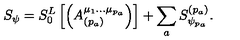
S _ { \psi } = S _ { 0 } ^ { L } \left[ \left( A _ { ( p _ { a } ) } ^ { \mu _ { 1 } \ldots \mu _ { p _ { a } } } \right) \right] + \sum _ { a } S _ { \psi _ { p _ { a } } } ^ { ( p _ { a } ) } .